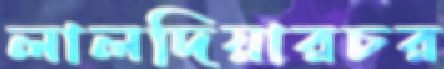
লালদিয়ারচর